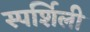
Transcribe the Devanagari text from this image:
स्पर्शिली